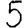
Digit: 5